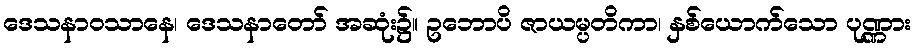
ဒေသနာဝသာနေ၊ ဒေသနာတော် အဆုံး၌။ ဥဘောပိ ဇာယမ္ပတိကာ၊ နှစ်ယောက်သော ပုဏ္ဏား